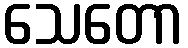
သေတော